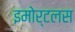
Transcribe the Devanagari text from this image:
इमोर्टलस